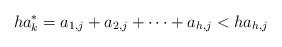
LaTeX: \begin{align*}ha_k^*= a_{1,j} +a_{2,j} + \cdots + a_{h,j} < ha_{h,j}\end{align*}